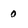
Character: o